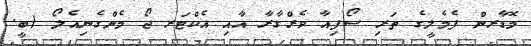
މޮޑާރން ފެމެލީގެ ތަރި ސޯފިއާ ވެރްގާރާ އާއި އެކްޓަރ ޖޯ މެންގެނިއެލޯ (ބީ.